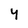
Character: 4